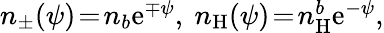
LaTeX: \begin{array}{r}{n_{\pm}(\psi)\! =\! n_{b}\mathrm{e}^{\mp\psi},~n_{\mathrm{H}}(\psi)\! =\! n_{\mathrm{H}}^{b}\mathrm{e}^{-\psi},}\end{array}